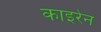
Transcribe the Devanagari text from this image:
काइरेन